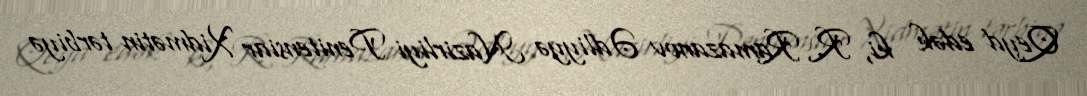
Qeyd edək ki, R. Ramazanov Ədliyyə Nazirliyi Penitensiar Xidmətin tərbiyə